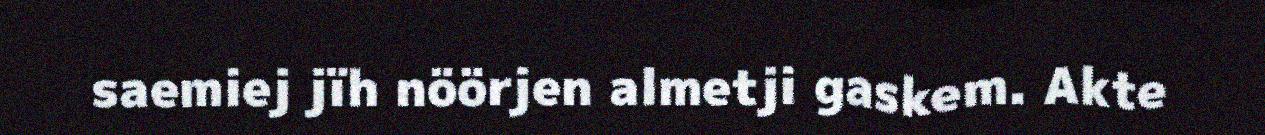
saemiej jïh nöörjen almetji gaskem. Akte